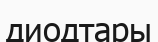
диодтары